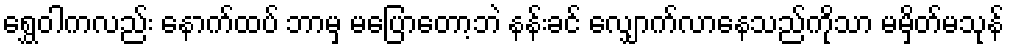
ရွှေဝါကလည်း နောက်ထပ် ဘာမှ မပြောတော့ဘဲ နန်းခင် လျှောက်လာနေသည်ကိုသာ မမှိတ်မသုန်